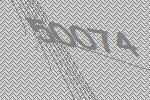
50074